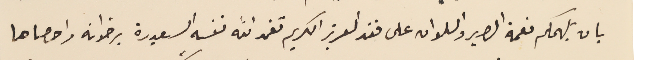
بان يلهمكم نعمة الصبر والسلوان على فقد العريز الكريم تغمد الله نفسَه السعيدة برضوانه واحصاها